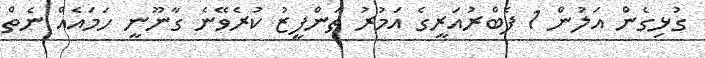
ގުޅިގެން އަލުން 1 ފެބްރުއަރީގެ އަމުރު ތަންފީޒު ކުރެވޭނެ ގާނޫނީ ހަމައެއް ނެތް